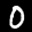
Label: 0